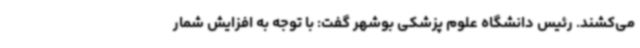
می‌کشند. رئیس دانشگاه علوم پزشکی بوشهر گفت: با توجه به افزایش شمار